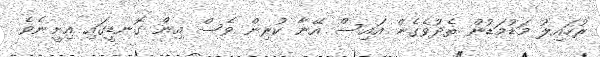
ރުހައިލު މަޑުމަޑުން ތެދުވެގެން އައިސް އޭނާ ކުރިން ވެސް އިން ގޮނޑީގައި އިށީނެވެ.